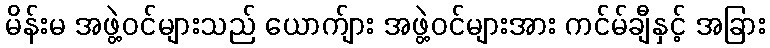
မိန်းမ အဖွဲ့ဝင်များသည် ယောက်ျား အဖွဲ့ဝင်များအား ကင်မ်ချီနှင့် အခြား